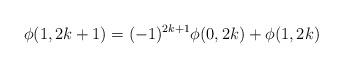
LaTeX: \begin{align*}\phi(1,2k+1)=(-1)^{2k+1}\phi(0,2k)+\phi(1,2k)\end{align*}